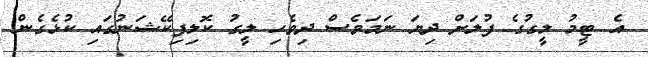
އެ ޓީމު ލީގުގެ ފުލަށް ދިޔަ ނަމަވެސް ދިވެހި ލީގު ކޮލިފިކޭޝަނުގައި ކުޅެގެން